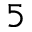
5